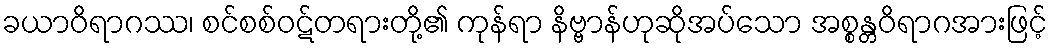
ခယာဝိရာဂဿ၊ စင်စစ်ဝဋ်တရားတို့၏ ကုန်ရာ နိဗ္ဗာန်ဟုဆိုအပ်သော အစ္စန္တဝိရာဂအားဖြင့်